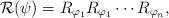
LaTeX: \begin{align*}\mathcal{R}(\psi) = R_{\varphi_1}R_{\varphi_1}\cdots R_{\varphi_n},\end{align*}